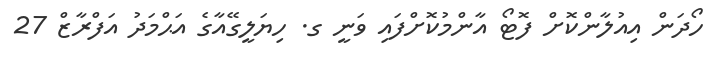
ހޯދަން އިއުލާންކޮށް ފޮޓޯ އާންމުކޮށްފައި ވަނީ ގ. ހިޔަލީގޭއާގެ އަޙްމަދު އަފްރާޒް 27